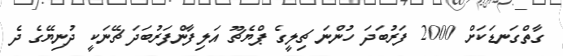
ގާތްގަނޑަކަށް 2000 ފަރުބަދަ ހުންނަ ޗިލީގެ ޕްޔެޗޫ އަލިފާންފަރުބަދަ ޗޭނަކީ ދުނިޔޭގެ ދެ